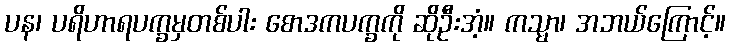
ပန၊ ပရိဟာရပက္ခမှတစ်ပါး စောဒကပက္ခကို ဆိုဦးအံ့။ ကသ္မာ၊ အဘယ်ကြောင့်။